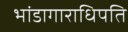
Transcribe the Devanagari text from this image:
भांडागाराधिपति